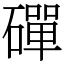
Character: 磾